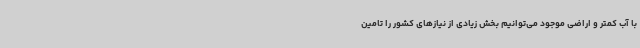
با آب کمتر و اراضی موجود می‌توانیم بخش زیادی از نیازهای کشور را تامین